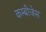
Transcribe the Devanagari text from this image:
कम्बीजेस